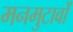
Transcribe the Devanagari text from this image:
मनमुटावों